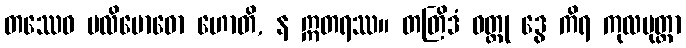
တဿေဝ ပလိဗောဓော ဟောတိ, န ဣတရဿ။ တတြိဒံ ဝတ္ထု ဒွေ ကိရ ကုလပုတ္တာ